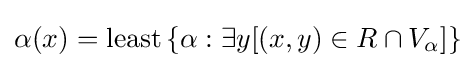
\alpha (x)={\text{least}}\,\{\alpha :\exists y[(x,y)\in R\cap V_{\alpha }]\}